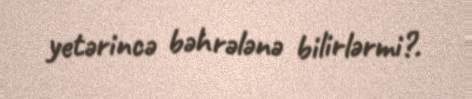
yetərincə bəhrələnə bilirlərmi?.